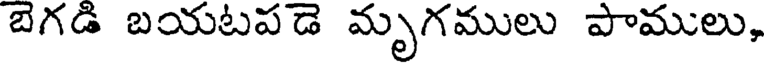
బెగడి బయటపడె మృగములు పాములు,